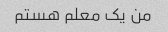
من یک معلم هستم